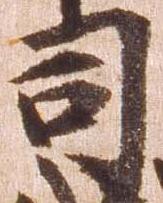
司